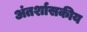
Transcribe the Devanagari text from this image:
अंतर्शासकीय